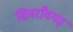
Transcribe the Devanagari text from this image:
सिमराँवगढ़